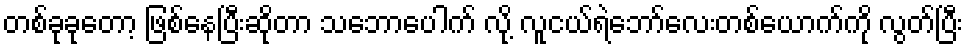
တစ်ခုခုတော့ ဖြစ်နေပြီးဆိုတာ သဘောပေါက် လို့ လူငယ်ရဲဘော်လေးတစ်ယောက်ကို လွတ်ပြီး